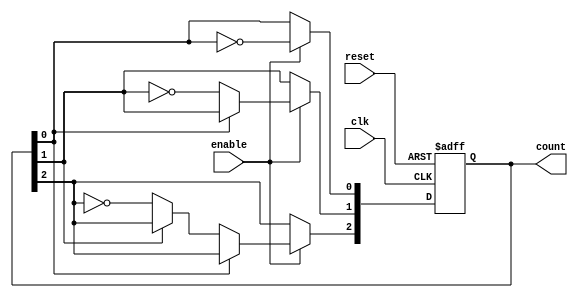
module async_ripple_counter #(parameter N = 3) (
    input wire clk,           // Clock input (for the first flip-flop)
    input wire reset,         // Asynchronous reset signal
    input wire enable,        // Enable signal
    output reg [N-1:0] count  // N-bit output count
);

// Flip-flop behavior
always @(posedge clk or posedge reset) begin
    if (reset) begin
        count <= 0; // Reset the count to 0
    end else if (enable) begin
        // Ripple through the flip-flops
        count[0] <= ~count[0]; // Toggle the least significant bit
        if (count[0] == 1'b0) begin // If FF0 transitions from 1 to 0
            count[1] <= ~count[1]; // Toggle the next bit
            if (count[1] == 1'b0) begin // If FF1 transitions from 1 to 0
                count[2] <= ~count[2]; // Toggle the next bit (for 3 bits)
                // Add more bits as needed
            end
        end
    end
end

endmodule